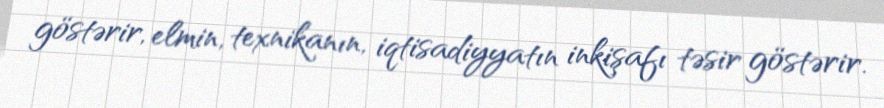
göstərir, elmin, texnikanın, iqtisadiyyatın inkişafı təsir göstərir.